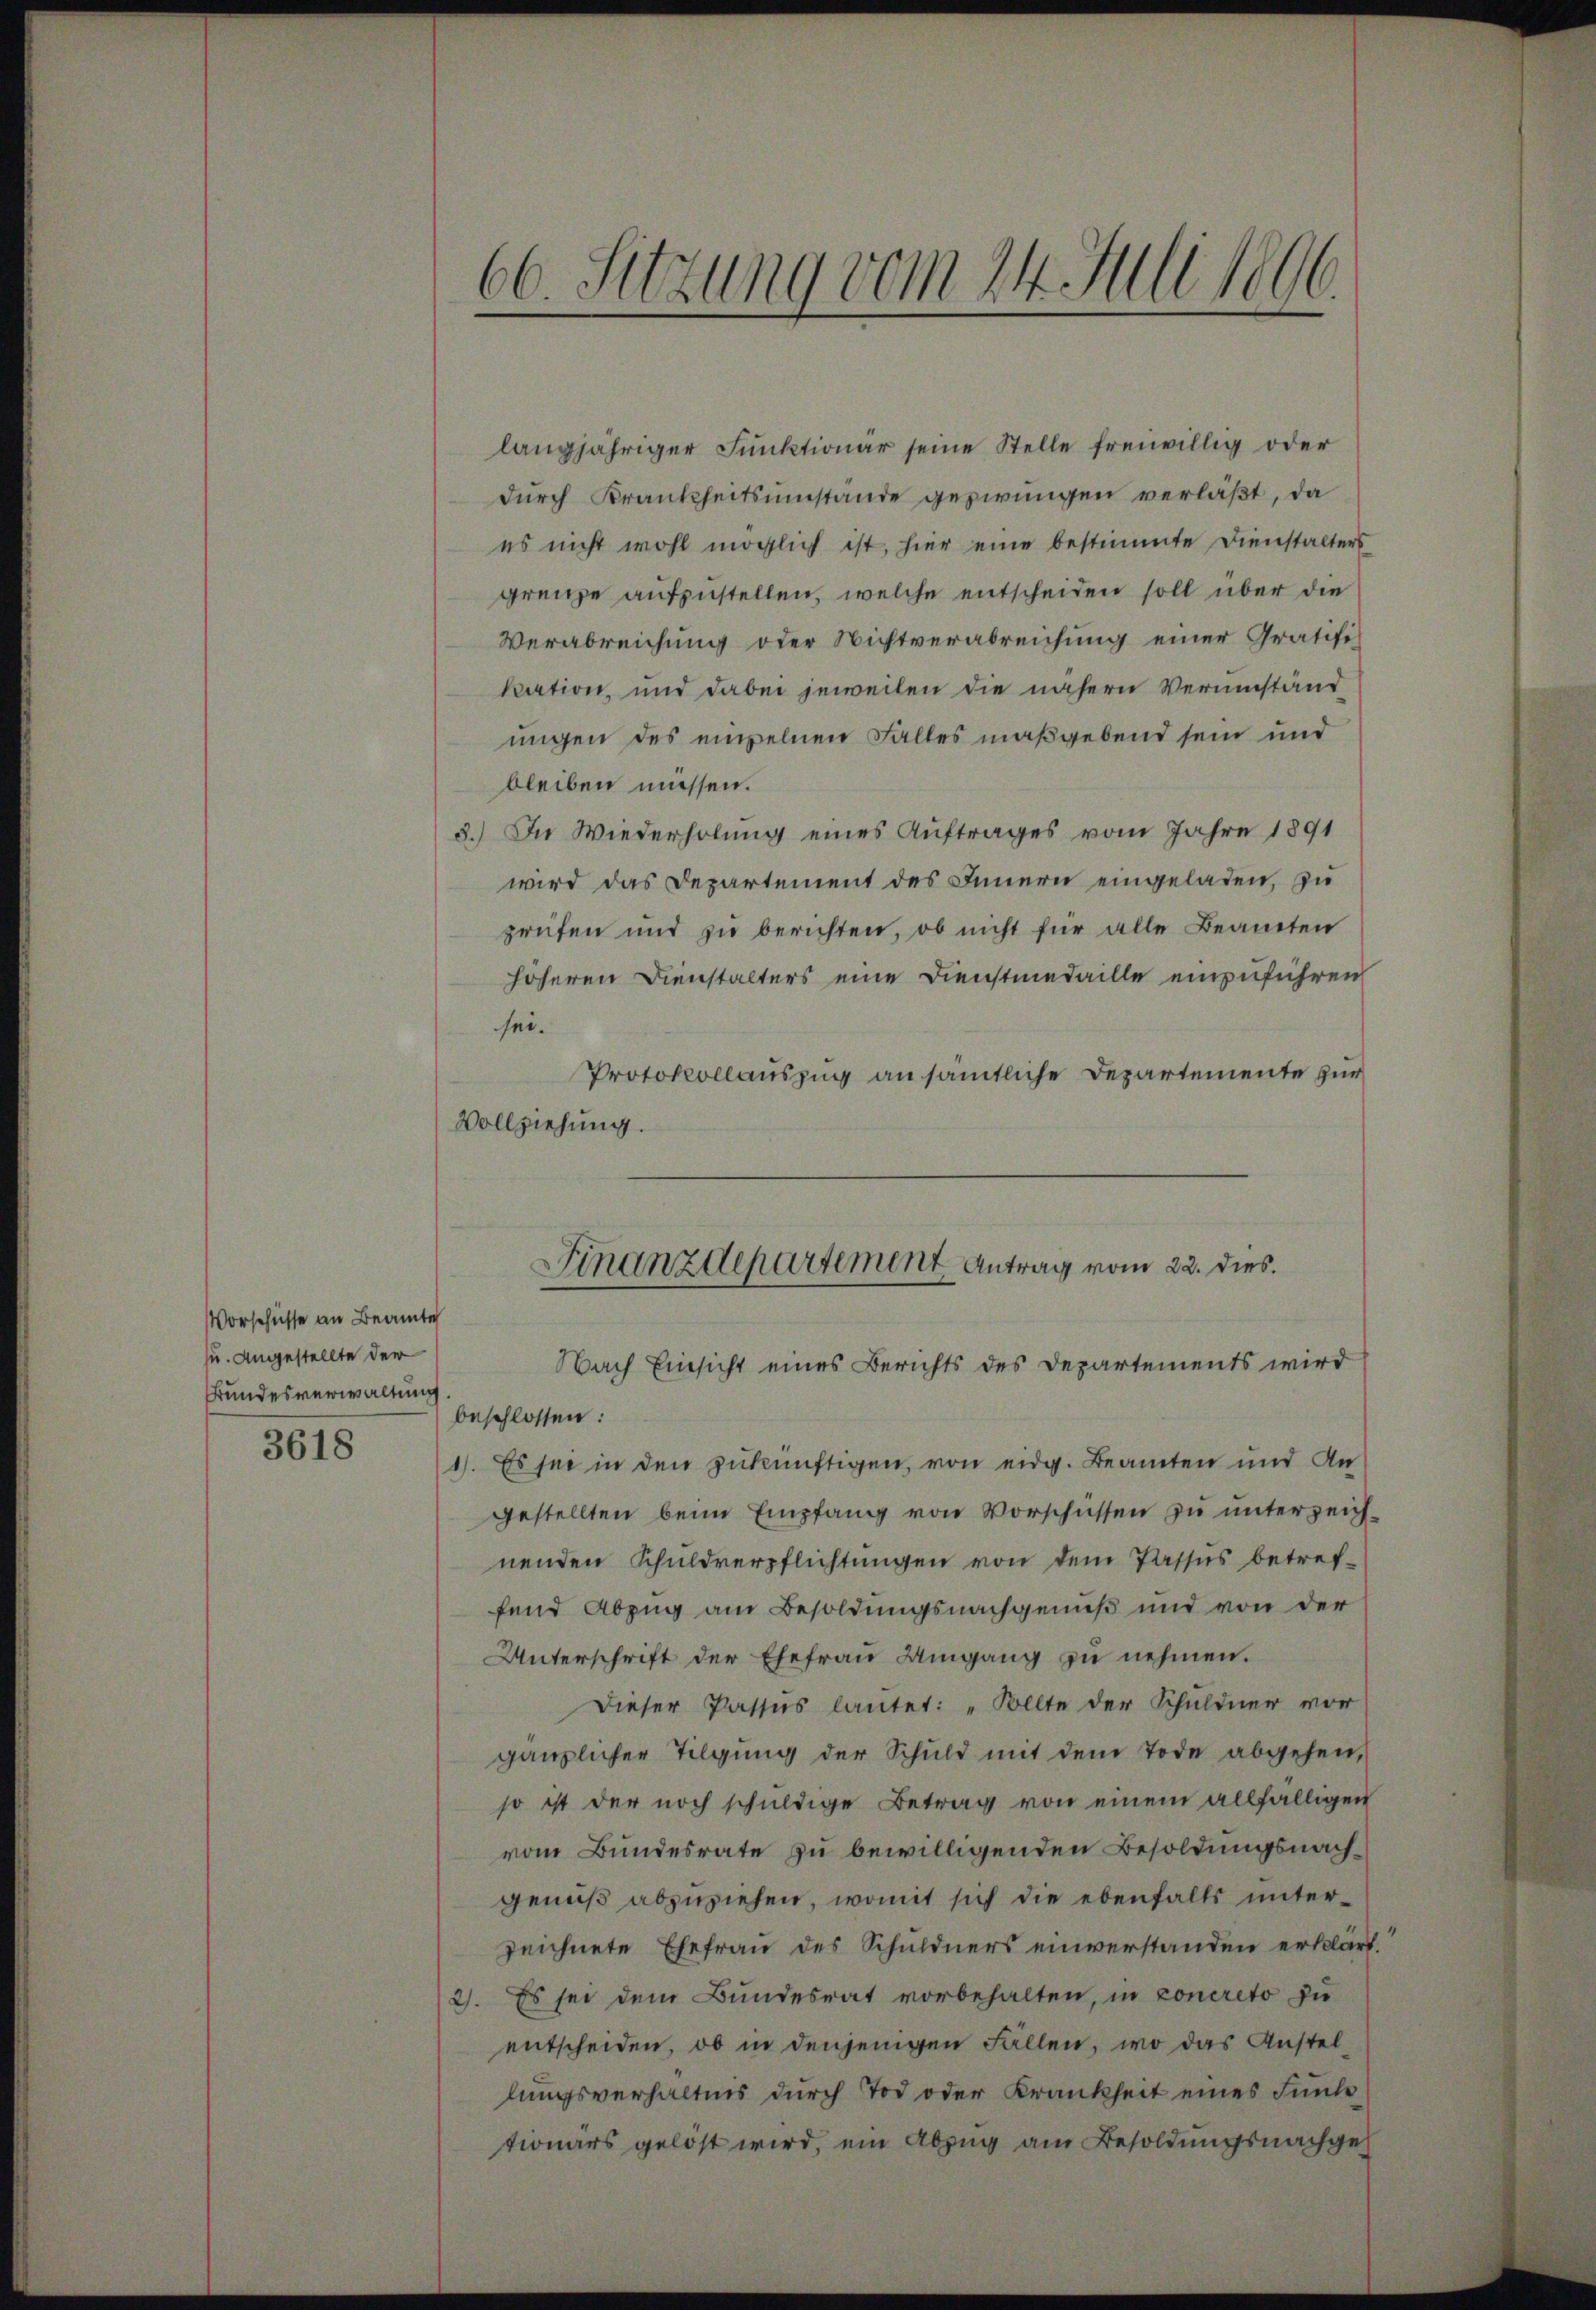
Vorschüsse an Beamte
zu. Angestellte der
Bundesverwaltung

3618

langjähriger Funktionar seine Stelle freiwillig oder
dŭrch Krankheitsumstände gepirungen verläßt, da
es nicht wohl möglich ist, hier eine bestimmte Dienstalters
grenze aufzustellen, welche entscheiden soll über die
Verabreichung oder Nichtverabreichung einer Gratifikation, und dabei jeweilen die nähern Verumständ
ungen des empelnen Falles maßgebend sein und
bleiben müssen.
3.) In Wiederholung eines Auftrages vom Jahre 1891
wird das Departement des Innern eingeladen, zu
prüfen und zu berichten, ob nicht für alle Beamten
höheren Dienstalters eine Dienstmedaille einzuführen
sei.
Protokollauszug an sämtliche Departemente zur
Vollziehung.

66. Sitzung vom 24. Juli 1896.

Nach Einsicht eines Berichts des Departements wird
beschlossen:
1). Es sei in den zukünftigen, von eidg. Beamten und Angestellten beim Empfang von Vorschüssen zu unterzeichnenden Schuldverpflichtungen von dem Passus betreffend Abzug am Besoldungsnachgenuß und von der
Unterschrift der Ehefrau Umgang zŭ nehmen.
Dieser Passus lautet: „Sollte der Schuldner vor
gänzlicher Tilgung der Schuld mit dem Tode abgehen,
so ist der noch schuldige Betrag von einem allfälligen
vom Bundesrate zu bewilligenden Besoldungsnachgenuß abzuziehen, womit sich die ebenfalls unterzeichnete Ehefrau des Schuldners einverstanden erklärt.
2). Es sei dem Bundesrat vorbehalten, in concreto zu
entscheiden, ob in denjenigen Fällen, wo das Anstel
lungsverhältnis durch Tod oder Krankheit eines Funde
tionärs gelöst wird ein Abzug am Besoldungsnachgel

Finanzdepartement Antrag vom 22. dies